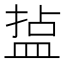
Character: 𭾄